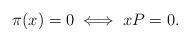
LaTeX: \begin{align*}\pi(x) = 0\iff xP = 0 .\end{align*}